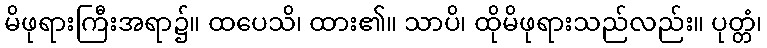
မိဖုရားကြီးအရာ၌။ ထပေသိ၊ ထား၏။ သာပိ၊ ထိုမိဖုရားသည်လည်း။ ပုတ္တံ၊